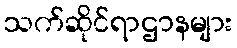
သက်ဆိုင်ရာဌာနများ